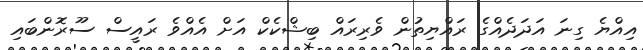
އިއްޔެ ގިނަ އަދަދެއްގެ ރައްޔިތުން ވެރިރައް ބިޝްކެކް އަށް އެއްވެ ރައީސް ސޫރޮންބައި